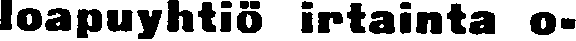
loapuyhtiö irtainta o-